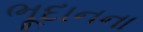
ભૂદાનના